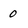
Character: 0